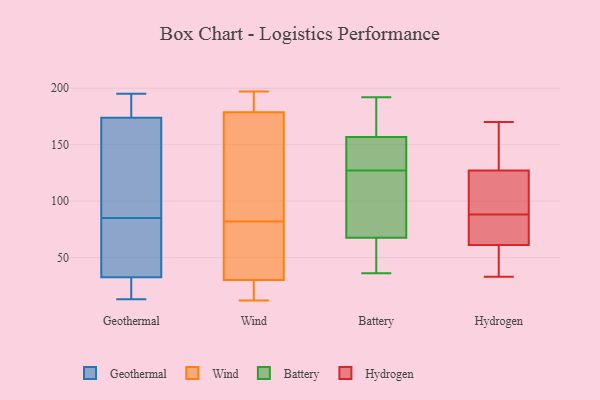
{"axis": {"x": "Bounce Rate (%)", "y": "Value"}, "legend": ["Battery", "Geothermal", "Hydrogen", "Wind"], "data": [{"x": "", "y": 43, "type": "Geothermal"}, {"x": "", "y": 192, "type": "Geothermal"}, {"x": "", "y": 85, "type": "Geothermal"}, {"x": "", "y": 128, "type": "Geothermal"}, {"x": "", "y": 54, "type": "Geothermal"}, {"x": "", "y": 191, "type": "Geothermal"}, {"x": "", "y": 24, "type": "Geothermal"}, {"x": "", "y": 29, "type": "Geothermal"}, {"x": "", "y": 49, "type": "Geothermal"}, {"x": "", "y": 59, "type": "Geothermal"}, {"x": "", "y": 13, "type": "Geothermal"}, {"x": "", "y": 25, "type": "Geothermal"}, {"x": "", "y": 126, "type": "Geothermal"}, {"x": "", "y": 195, "type": "Geothermal"}, {"x": "", "y": 28, "type": "Geothermal"}, {"x": "", "y": 192, "type": "Geothermal"}, {"x": "", "y": 185, "type": "Geothermal"}, {"x": "", "y": 140, "type": "Geothermal"}, {"x": "", "y": 97, "type": "Geothermal"}, {"x": "", "y": 176, "type": "Wind"}, {"x": "", "y": 20, "type": "Wind"}, {"x": "", "y": 80, "type": "Wind"}, {"x": "", "y": 27, "type": "Wind"}, {"x": "", "y": 31, "type": "Wind"}, {"x": "", "y": 197, "type": "Wind"}, {"x": "", "y": 12, "type": "Wind"}, {"x": "", "y": 82, "type": "Wind"}, {"x": "", "y": 187, "type": "Wind"}, {"x": "", "y": 110, "type": "Wind"}, {"x": "", "y": 197, "type": "Wind"}, {"x": "", "y": 134, "type": "Wind"}, {"x": "", "y": 76, "type": "Wind"}, {"x": "", "y": 36, "type": "Battery"}, {"x": "", "y": 65, "type": "Battery"}, {"x": "", "y": 79, "type": "Battery"}, {"x": "", "y": 62, "type": "Battery"}, {"x": "", "y": 156, "type": "Battery"}, {"x": "", "y": 75, "type": "Battery"}, {"x": "", "y": 192, "type": "Battery"}, {"x": "", "y": 157, "type": "Battery"}, {"x": "", "y": 50, "type": "Battery"}, {"x": "", "y": 127, "type": "Battery"}, {"x": "", "y": 137, "type": "Battery"}, {"x": "", "y": 192, "type": "Battery"}, {"x": "", "y": 100, "type": "Battery"}, {"x": "", "y": 180, "type": "Battery"}, {"x": "", "y": 144, "type": "Battery"}, {"x": "", "y": 68, "type": "Hydrogen"}, {"x": "", "y": 170, "type": "Hydrogen"}, {"x": "", "y": 97, "type": "Hydrogen"}, {"x": "", "y": 90, "type": "Hydrogen"}, {"x": "", "y": 80, "type": "Hydrogen"}, {"x": "", "y": 130, "type": "Hydrogen"}, {"x": "", "y": 114, "type": "Hydrogen"}, {"x": "", "y": 37, "type": "Hydrogen"}, {"x": "", "y": 61, "type": "Hydrogen"}, {"x": "", "y": 118, "type": "Hydrogen"}, {"x": "", "y": 162, "type": "Hydrogen"}, {"x": "", "y": 37, "type": "Hydrogen"}, {"x": "", "y": 127, "type": "Hydrogen"}, {"x": "", "y": 44, "type": "Hydrogen"}, {"x": "", "y": 133, "type": "Hydrogen"}, {"x": "", "y": 33, "type": "Hydrogen"}, {"x": "", "y": 66, "type": "Hydrogen"}, {"x": "", "y": 86, "type": "Hydrogen"}]}